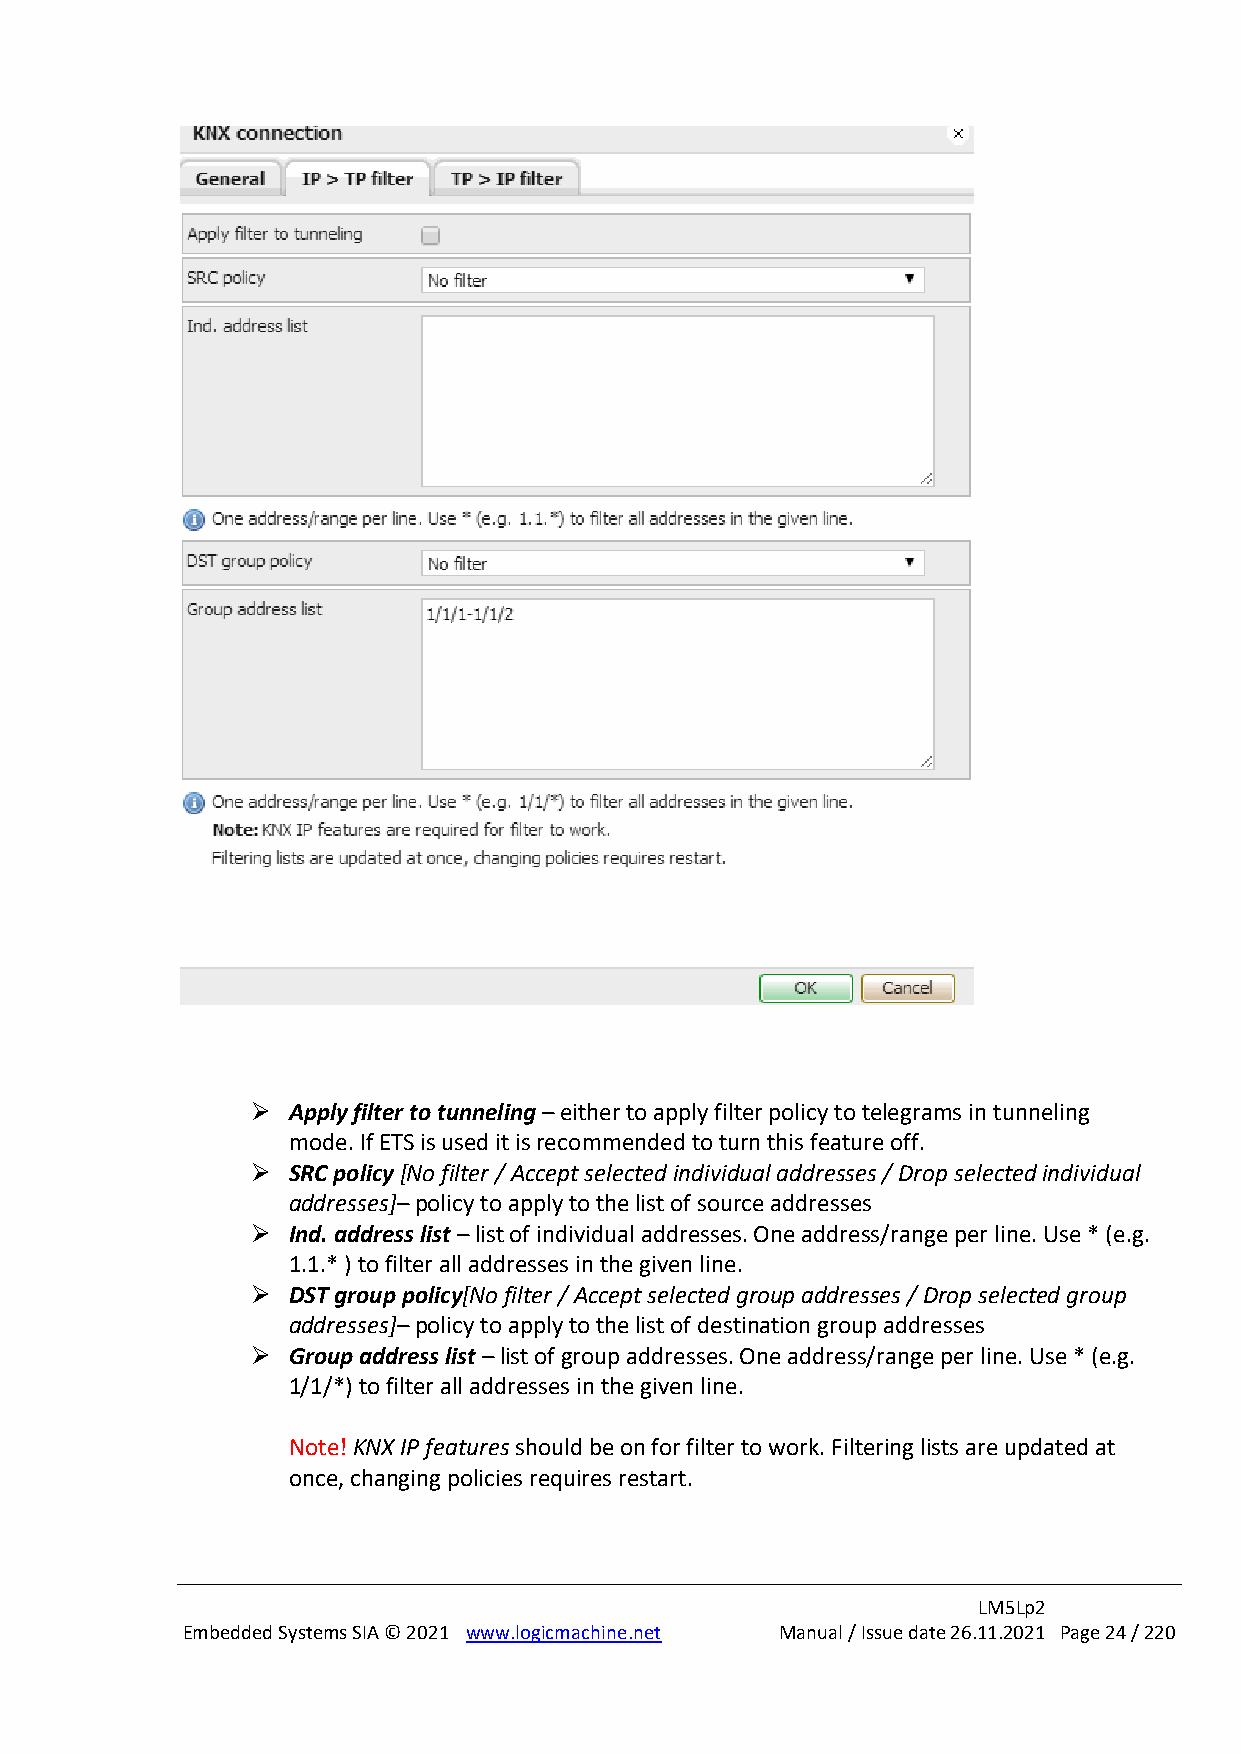
➢ Apply filter to tunneling – either to apply filter policy to telegrams in tunneling
 mode. If ETS is used it is recommended to turn this feature off.
 ➢ SRC policy [No filter / Accept selected individual addresses / Drop selected individual
 addresses]– policy to apply to the list of source addresses
 ➢ Ind. address list – list of individual addresses. One address/range per line. Use * (e.g.
 1.1.* ) to filter all addresses in the given line.
 ➢ DST group policy[No filter / Accept selected group addresses / Drop selected group
 addresses]– policy to apply to the list of destination group addresses
 ➢ Group address list – list of group addresses. One address/range per line. Use * (e.g.
 1/1/*) to filter all addresses in the given line.
 Note! KNX IP features should be on for filter to work. Filtering lists are updated at
 once, changing policies requires restart.
 LM5Lp2
 Embedded Systems SIA © 2021 www.logicmachine.net Manual / Issue date 26.11.2021 Page 24 / 220